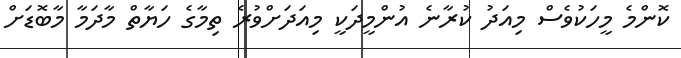
ކޮންމެ މީހަކުވެސް މިއަދު ކުރާނެ އުންމީދަކީ މިއަދަށްވުރެ ތިމާގެ ހަޔާތް މާދަމާ މާބޮޑަށް